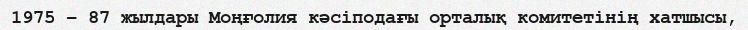
1975 – 87 жылдары Моңғолия кәсіподағы орталық комитетінің хатшысы,